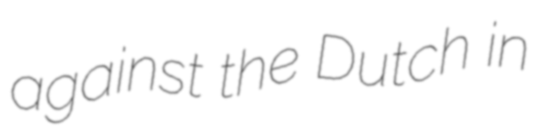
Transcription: against the Dutch in